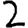
Digit: 2